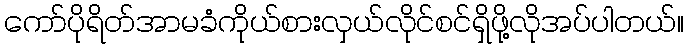
ကော်ပိုရိတ်အာမခံကိုယ်စားလှယ်လိုင်စင်ရှိဖို့လိုအပ်ပါတယ်။